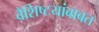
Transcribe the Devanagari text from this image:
वैशिष्टयांबाबत